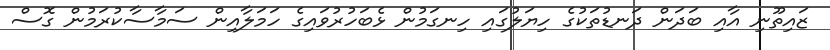
ޒައިތޫނި އާއި ބަދަން ދަނޑުތަކުގެ ހިޔަލުގައި ހިނގަމުން ޅެބަހުރުވައިގެ ހަމަލާއިން ސަމާސާކުރަމުން ގޮސް